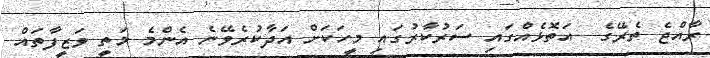
ރާއްޖެ ތެރޭގެ  އަތޮޅެއްގައި ސަރުކާރުގައި މީހަކަށް އަދާކުރެވޭނެ އެންމެ މަތީ ވަޒީފާތައް